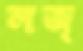
লজ্